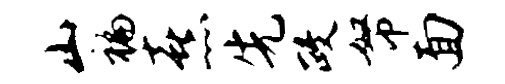
山褊熹先政帑面